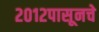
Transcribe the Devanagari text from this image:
२०१२पासूनचे